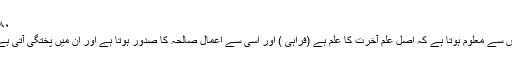
۸۰)
اس سے معلوم ہوتا ہے کہ اصل علم آخرت کا علم ہے (فراہیؒ ) اور اسی سے اعمال صالحہ کا صدور ہوتا ہے اور ان میں پختگی آتی ہے۔